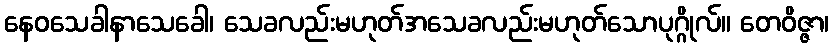
နေဝသေခါနာသေခေါ၊ သေခလည်းမဟုတ်အသေခလည်းမဟုတ်သောပုဂ္ဂိုလ်။ တေဝိဇ္ဇာ၊